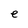
Character: e